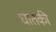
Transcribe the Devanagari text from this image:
घातकी